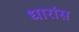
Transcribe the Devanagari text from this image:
धारांस